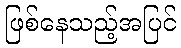
ဖြစ်နေသည့်အပြင်